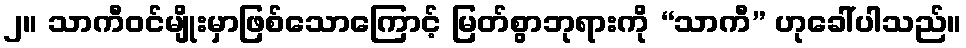
၂။ သာကီဝင်မျိုးမှာဖြစ်သောကြောင့် မြတ်စွာဘုရားကို “သာကီ” ဟုခေါ်ပါသည်။